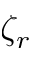
\zeta _ { r }